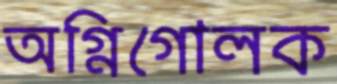
অগ্নিগোলক